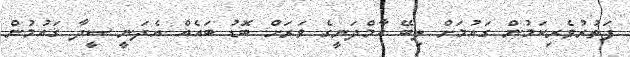
ފަތުރުވެރިކަމުން ގައުމަށް ލިބޭ އާމްދަނީގެ ވަރަށް ބޮޑު ބައެއް އެދަނީ ސީދާ ގައުމުން